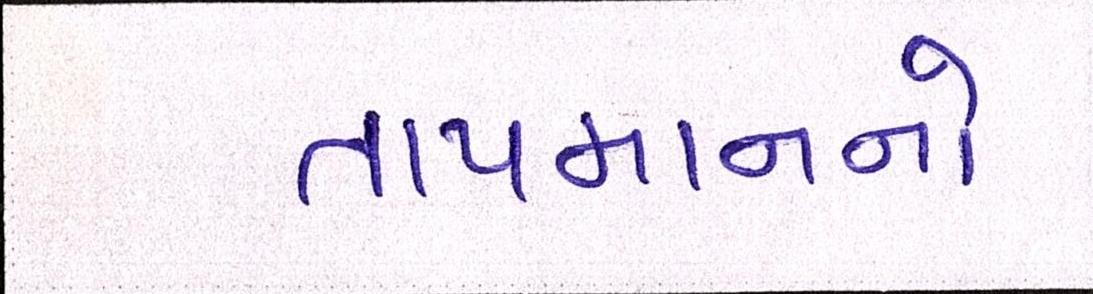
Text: તાપમાનનો